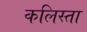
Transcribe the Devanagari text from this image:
कलिस्ता